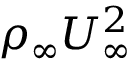
\rho _ { \infty } U _ { \infty } ^ { 2 }